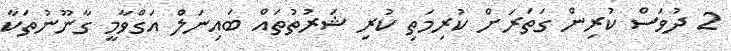
2 ދުވަަސް ކުރިން ގަތަރަށް ކުރިމަތި ކުރި ޝަރުތުތައް ބައިނަލް އަގްވާމީ ގާނޫނުތަކާ